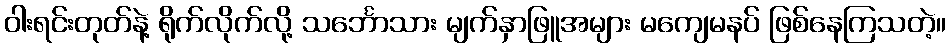
ဝါးရင်းတုတ်နဲ့ ရိုက်လိုက်လို့ သင်္ဘောသား မျက်နှာဖြူအများ မကျေမနပ် ဖြစ်နေကြသတဲ့။